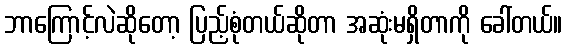
ဘာကြောင့်လဲဆိုတော့ ပြည့်စုံတယ်ဆိုတာ အဆုံးမရှိတာကို ခေါ်တယ်။